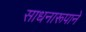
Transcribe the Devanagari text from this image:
साधनारूपाने